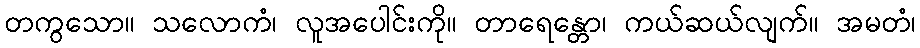
တကွသော။ သလောကံ၊ လူအပေါင်းကို။ တာရေန္တော၊ ကယ်ဆယ်လျက်။ အမတံ၊